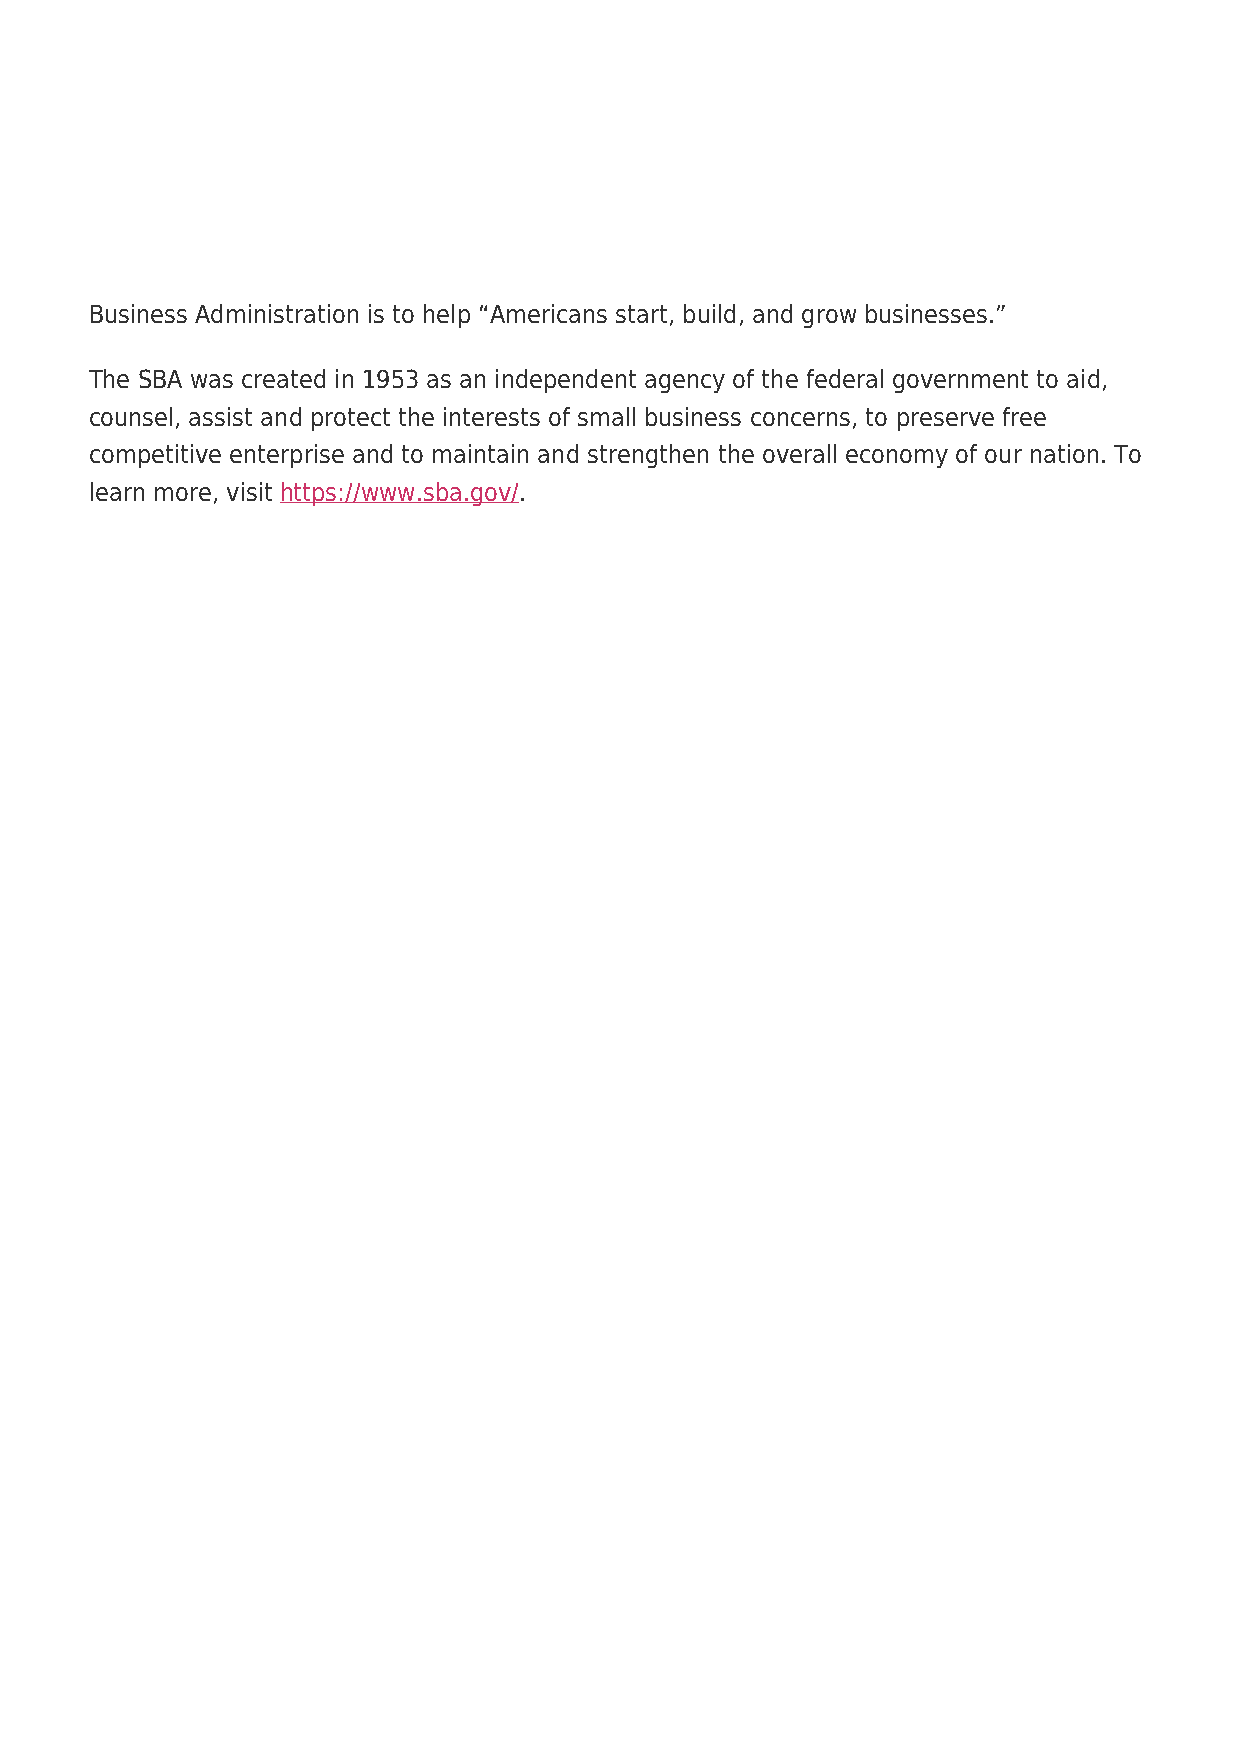
Business Administration is to help “Americans start, build, and grow businesses.”
 The SBA was created in 1953 as an independent agency of the federal government to aid,
 counsel, assist and protect the interests of small business concerns, to preserve free
 competitive enterprise and to maintain and strengthen the overall economy of our nation. To
 learn more, visit https://www.sba.gov/.